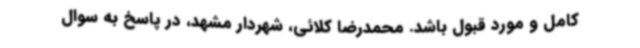
کامل و مورد قبول باشد. محمدرضا کلائی، شهردار مشهد، در پاسخ به سوال